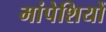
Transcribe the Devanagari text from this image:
मांपेशियों